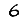
Digit: 6